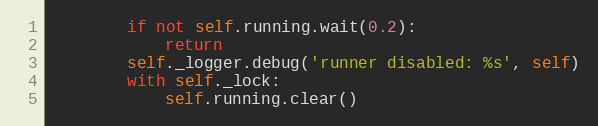
Language: Python
        if not self.running.wait(0.2):
            return
        self._logger.debug('runner disabled: %s', self)
        with self._lock:
            self.running.clear()